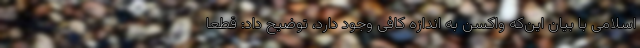
اسلامی با بیان این‌که واکسن به اندازه کافی وجود دارد، توضیح داد: قطعا